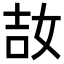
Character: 𡜩